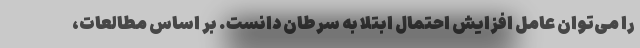
را می‌توان عامل افزایش احتمال ابتلا به سرطان دانست. بر اساس مطالعات،